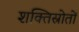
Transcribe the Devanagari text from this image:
शक्तिस्रोतों